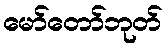
မော်တော်ဘုတ်